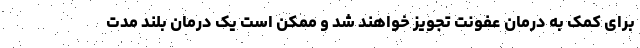
برای کمک به درمان عفونت تجویز خواهند شد و ممکن است یک درمان بلند مدت